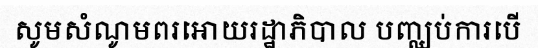
សូមសំណូមពរអោយរដ្ឋាភិបាល បញ្ឈប់ការបើ